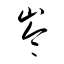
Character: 崙